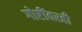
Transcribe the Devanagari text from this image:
गोष्टींवरही